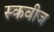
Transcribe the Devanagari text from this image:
स्कवीज